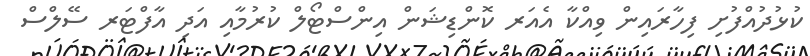
ކުޅުދުއްފުށި ފިހާރައިން ވިއްކާ އެއަރ ކޮންޑިޝަން އިންސްޓޯލް ކުރުމާއި އަދި އާފްޓަރ ސޭލްސް